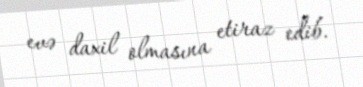
evə daxil olmasına etiraz edib.